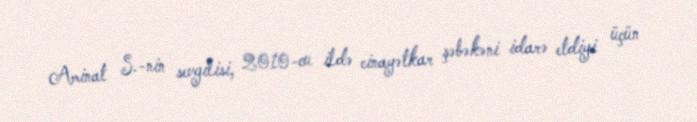
Aminat S.-nin sevgilisi, 2010-cu ildə cinayətkar şəbəkəni idarə etdiyi üçün